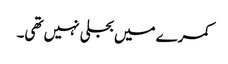
کمرے میں بجلی نہیں تھی۔